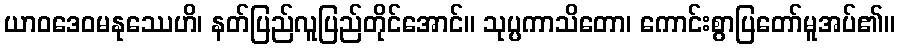
ယာဝဒေဝမနုဿေဟိ၊ နတ်ပြည်လူပြည်တိုင်အောင်။ သုပ္ပကာသိတော၊ ကောင်းစွာပြတော်မူအပ်၏။